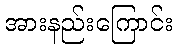
အားနည်းကြောင်း